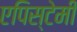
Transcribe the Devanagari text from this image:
एपिस्टेमी